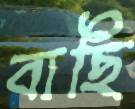
বাছি